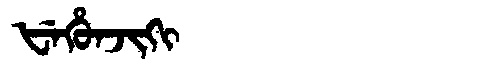
Manchu: ᡶᡝᡥᡠᠨᠵᡳᡴᡳ
Romanization: FEHUNJIKI